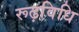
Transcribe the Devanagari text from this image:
रूढ़विधि